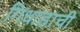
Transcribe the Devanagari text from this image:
गिधाडाची